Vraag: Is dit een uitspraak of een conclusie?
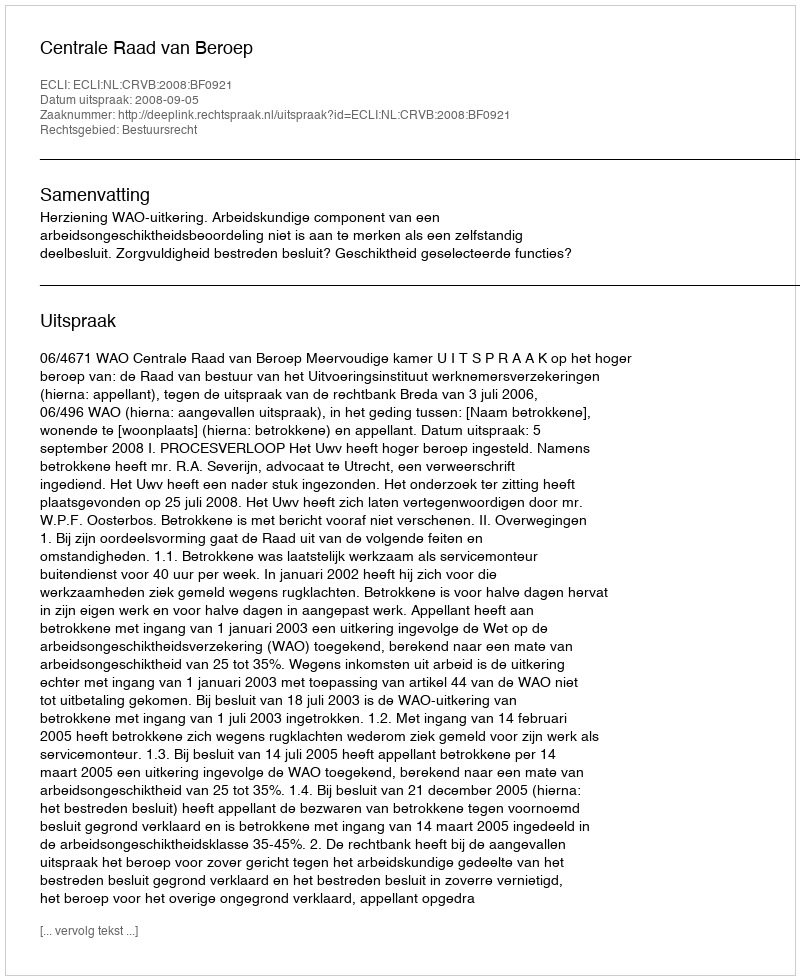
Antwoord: Uitspraak